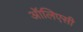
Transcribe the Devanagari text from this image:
ऑलिएसी